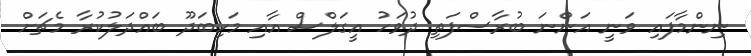
ނިންމާފައި ވަނީ އަންނަ ބުރާސްފަތި ދުވަހު އީގަލްސް އާއި މަހިބަދޫ ބައްދަލުކުރާ މެޗަށް